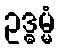
ဥဒ္ဓမ္မံ